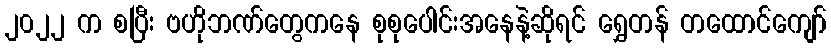
၂၀၂၂ က စပြီး ဗဟိုဘဏ်တွေကနေ စုစုပေါင်းအနေနဲ့ဆိုရင် ရွှေတန် တထောင်ကျော်